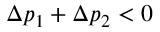
\Delta p _ { 1 } + \Delta p _ { 2 } < 0